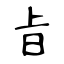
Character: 㫖